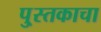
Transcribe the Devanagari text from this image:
पु्स्तकाचा